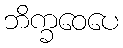
ဘိက္ခဝေပေ